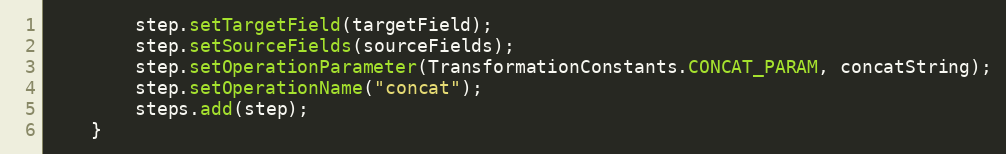
Language: Java
        step.setTargetField(targetField);
        step.setSourceFields(sourceFields);
        step.setOperationParameter(TransformationConstants.CONCAT_PARAM, concatString);
        step.setOperationName("concat");
        steps.add(step);
    }